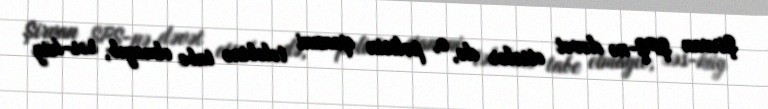
Şirvan ŞPŞ-nə dəvət etsələr də, o, polisin qanuni tələbinə tabe olmayıb, səs-küy